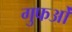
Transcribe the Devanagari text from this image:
गुफओं